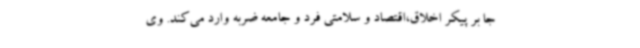
جا بر پیکر اخلاق،اقتصاد و سلامتی فرد و جامعه ضربه وارد می‌کند. وی